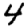
Digit: 4